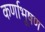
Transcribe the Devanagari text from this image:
कर्णाभूषण